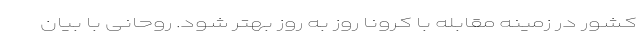
کشور در زمینه مقابله با کرونا روز به روز بهتر شود. روحانی با بیان